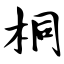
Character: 桐